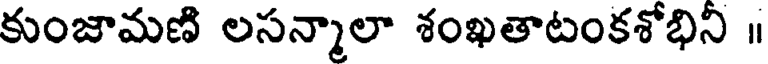
కుంజామణి లసన్మాలా శంఖతాటంకశోభిని ॥